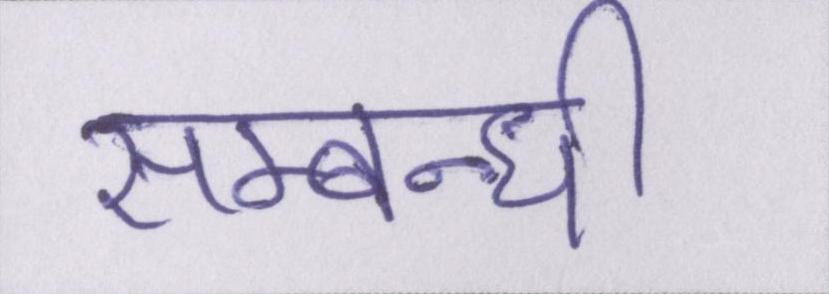
सम्बन्धी